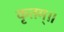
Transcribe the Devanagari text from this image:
कृतम्॥